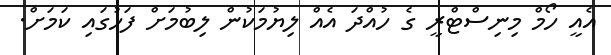
އެއީ ހޯމް މިނިސްޓްރީ ގެ ހުުއްދަ އެއް ލިޔުމަކުން ލިބުމަށް ފަހުގައި ކަމަށް.